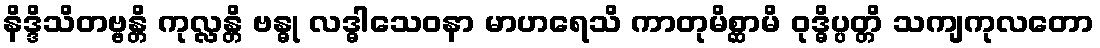
နိဒ္ဒိသိတဗ္ဗန္တိ ကုလ္လန္တိ ဗန္ဓု လဒ္ဓါသေဝနာ မာဟရေသိ ကာတုမိစ္ဆာမိ ဝုဒ္ဓိပ္ပတ္တိ သကျကုလတော